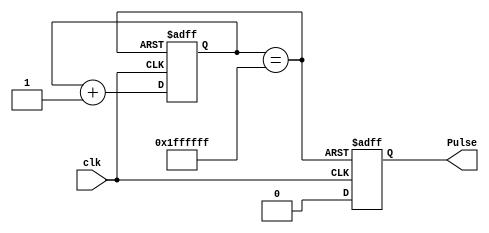
//pulse generator
//genera un pulso de corta duracion para probar el sistema, 
//esta seria como la senial de send


module Pulse_Generator(input wire clk, output reg Pulse);

parameter bit_wide = 25;
reg rst = 1'b0;
reg [bit_wide-1:0] count_reg = 'b0;

wire rst_signal;


assign rst_signal = (count_reg == 25'b1111_1111_1111_1111_1111_1111_1); //supuestamente esta senial debe ser 1 solo cuando
										//todos los bit del registro son 1
always@(posedge clk or posedge rst_signal)
begin 
if(rst_signal) begin
	$display("pasando a alto");
	count_reg <= 'b0;
	Pulse <= 1'b1;
end else
begin
	count_reg <= count_reg +1'b1;
	Pulse <= 1'b0;
end

end

endmodule